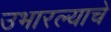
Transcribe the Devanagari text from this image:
उभारल्याचे